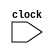
`define PC   R[15]   // 
`define LR   R[14]   // 
`define SP   R[13]   // 
`define SW   R[12]   // 
// 
`define N    `SW[31] // 
`define Z    `SW[30] // 
`define C    `SW[29] // 
`define V    `SW[28] // 
`define I    `SW[7]  // 
`define T    `SW[6]  // 
`define M    `SW[0]  // 

module cpu0c(input clock); // CPU0-Mini cpu0mc 
  parameter [7:0] LD=8'h00,ST=8'h01,LDB=8'h02,STB=8'h03,LDR=8'h04,STR=8'h05,
    LBR=8'h06,SBR=8'h07,ADDI=8'h08,CMP=8'h10,MOV=8'h12,ADD=8'h13,SUB=8'h14,
    MUL=8'h15,DIV=8'h16,AND=8'h18,OR=8'h19,XOR=8'h1A,ROL=8'h1C,ROR=8'h1D,
    SHL=8'h1E,SHR=8'h1F,JEQ=8'h20,JNE=8'h21,JLT=8'h22,JGT=8'h23,JLE=8'h24,
    JGE=8'h25,JMP=8'h26,SWI=8'h2A,CALL=8'h2B,RET=8'h2C,IRET=8'h2D,
    PUSH=8'h30,POP=8'h31,PUSHB=8'h32,POPB=8'h33;
  reg signed [31:0] R [0:15];   //  R[0..15]  16  32 
  reg signed [31:0] IR;         //  IR
  reg [7:0] m [0:128];          // 
  reg [7:0] op;                 //  op
  reg [3:0] ra, rb, rc;         //  ra, rb, rc
  reg [4:0] c5;                 // 5  c5
  reg signed [11:0] c12;        // 12  c12
  reg signed [15:0] c16;        // 16  c16
  reg signed [23:0] c24;        // 24  c24
  reg signed [31:0] sp, jaddr, laddr, raddr;
  reg signed [31:0] temp;

  initial  // 
  begin
    `PC = 0;                    //  PC  0
    R[0] = 0;                   //  R[0]  0
    {m[0],m[1],m[2],m[3]}    = 32'h001F0018; // 0000       LD   R1, K1
    {m[4],m[5],m[6],m[7]}    = 32'h002F0010; // 0004       LD   R2, K0
    {m[8],m[9],m[10],m[11]}  = 32'h003F0014; // 0008       LD   R3, SUM
    {m[12],m[13],m[14],m[15]}= 32'h13221000; // 000C LOOP: ADD  R2, R2, R1
    {m[16],m[17],m[18],m[19]}= 32'h13332000; // 0010       ADD  R3, R3, R2
    {m[20],m[21],m[22],m[23]}= 32'h26FFFFF4; // 0014       JMP  LOOP
    {m[24],m[25],m[26],m[27]}= 32'h00000000; // 0018 K0:   WORD 0
    {m[28],m[29],m[30],m[31]}= 32'h00000001; // 001C K1:   WORD 1
    {m[32],m[33],m[34],m[35]}= 32'h00000000; // 0020 SUM:  WORD 0
  end
  
  always @(posedge clock) begin //  clock 
      IR = {m[`PC], m[`PC+1], m[`PC+2], m[`PC+3]};  // IR=m[PC], 4  Byte 
      `PC = `PC+4;                                  // PC 
      {op,ra,rb,rc,c12} = IR;                      //  IR  {op, ra, rb, rc, c12}
      c5  = IR[4:0];
      c24 = IR[23:0];
      c16 = IR[15:0];
      jaddr = `PC+c16;
	  laddr = R[rb]+c16;
	  raddr = R[rb]+R[rc];
//	  $display(" ra=%d, rb=%d, rc=%d, jaddr=%x, laddr=%x, raddr=%x", ra, rb, rc, jaddr, laddr, raddr);
      case (op) //  OP 
        LD: begin   //  R[ra] = m[addr]
          R[ra] = {m[laddr], m[laddr+1], m[laddr+2], m[laddr+3]};
          $write("%4dns %8x : LD  %x,%x,%-4x", $stime, `PC, ra, rb, c16);
          end
        ST: begin   //  m[addr] = R[ra]
          {m[laddr], m[laddr+1], m[laddr+2], m[laddr+3]} = R[ra];
          $write("%4dns %8x : ST  %x,%x,%-4x", $stime, `PC, ra, rb, c16);
          end
        LDB:begin   // byte;     LDB Ra, [Rb+ Cx];   Ra<=(byte)[Rb+ Cx]
          R[ra] = { 24'b0, m[laddr] };
          $write("%4dns %8x : LDB %x,%x,%-4x", $stime, `PC, ra, rb, c16);
          end
        STB:begin   // byte;     STB Ra, [Rb+ Cx];   Ra=>(byte)[Rb+ Cx]
          m[laddr] = R[ra][7:0];
          $write("%4dns %8x : STB %x,%x,%-4x", $stime, `PC, ra, rb, c16);
          end
        LDR:begin   // LD  Rc ;  LDR Ra, [Rb+Rc];    Ra<=[Rb+ Rc]
          R[ra] = {m[raddr], m[raddr+1], m[raddr+2], m[raddr+3]};
          $write("%4dns %8x : LDR %x,%x,%-4x", $stime, `PC, ra, rb, c16);
          end
        STR:begin   // ST  Rc ;  STR Ra, [Rb+Rc];    Ra=>[Rb+ Rc]
          {m[raddr], m[raddr+1], m[raddr+2], m[raddr+3]} = R[ra];
          $write("%4dns %8x : STR %x,%x,%-4x", $stime, `PC, ra, rb, c16);
          end
        LBR:begin   // LDB  Rc ; LBR Ra, [Rb+Rc];    Ra<=(byte)[Rb+ Rc]
          R[ra] = { 24'b0, m[raddr] };
          $write("%4dns %8x : LBR %x,%x,%-4x", $stime, `PC, ra, rb, c16);
          end
        SBR:begin   // STB  Rc ; SBR Ra, [Rb+Rc];    Ra=>(byte)[Rb+ Rc]
          m[raddr] = R[ra][7:0];
          $write("%4dns %8x : SBR %x,%x,%-4x", $stime, `PC, ra, rb, c16);
          end
        MOV:begin   // ;        MOV Ra, Rb;         Ra<=Rb
		  R[ra] = R[rb];
          $write("%4dns %8x : MOV %x,%x", $stime, `PC, ra, rb);
          end
        CMP:begin   // ;        CMP Ra, Rb;         SW=(Ra >=< Rb)
		  temp = R[ra]-R[rb];
		  `N=(temp<0);`Z=(temp==0);
          $write("%4dns %8x : CMP %x,%x; SW=%x", $stime, `PC, ra, rb, `SW);
          end
        ADDI:begin  // R[a] = Rb+c16;  // ;   LDI Ra, Rb+Cx; Ra<=Rb + Cx
		  R[ra] = R[rb]+c16;
          $write("%4dns %8x : ADDI %x,%x,%-4x", $stime, `PC, ra, rb, c16);
          end
        ADD: begin  //  R[ra] = R[rb]+R[rc]
          R[ra] = R[rb]+R[rc];
          $write("%4dns %8x : ADD %x,%x,%-4x", $stime, `PC, ra, rb, rc);
          end
        SUB:begin   // ;        SUB Ra, Rb, Rc;     Ra<=Rb-Rc
          R[ra] = R[rb]-R[rc];
          $write("%4dns %8x : SUB %x,%x,%-4x", $stime, `PC, ra, rb, rc);
          end
        MUL:begin   // ;        MUL Ra, Rb, Rc;     Ra<=Rb*Rc
          R[ra] = R[rb]*R[rc];
          $write("%4dns %8x : MUL %x,%x,%-4x", $stime, `PC, ra, rb, rc);
          end
        DIV:begin   // ;        DIV Ra, Rb, Rc;     Ra<=Rb/Rc
          R[ra] = R[rb]/R[rc];
          $write("%4dns %8x : DIV %x,%x,%-4x", $stime, `PC, ra, rb, rc);
          end
        AND:begin   //  AND;    AND Ra, Rb, Rc;     Ra<=Rb and Rc
          R[ra] = R[rb]&R[rc];
          $write("%4dns %8x : AND %x,%x,%-4x", $stime, `PC, ra, rb, rc);
          end
        OR:begin    //  OR;     OR Ra, Rb, Rc;         Ra<=Rb or Rc
          R[ra] = R[rb]|R[rc];
          $write("%4dns %8x : OR  %x,%x,%-4x", $stime, `PC, ra, rb, rc);
          end
        XOR:begin   //  XOR;    XOR Ra, Rb, Rc;     Ra<=Rb xor Rc
          R[ra] = R[rb]^R[rc];
          $write("%4dns %8x : XOR %x,%x,%-4x", $stime, `PC, ra, rb, rc);
          end
        SHL:begin   // ;    SHL Ra, Rb, Cx;     Ra<=Rb << Cx
          R[ra] = R[rb]<<c5;
          $write("%4dns %8x : SHL %x,%x,%-4x", $stime, `PC, ra, rb, c5);
          end
        SHR:begin   // ;        SHR Ra, Rb, Cx;     Ra<=Rb >> Cx
          R[ra] = R[rb]+R[rc];
          $write("%4dns %8x : SHR %x,%x,%-4x", $stime, `PC, ra, rb, c5);
          end		  
        JMP:begin   //  PC = PC + cx24
          `PC = `PC + c24;
          $write("%4dns %8x : JMP %-8x", $stime, `PC, c24);
          end
        JEQ:begin   //  ();        JEQ Cx;        if SW(=) PC  PC+Cx
		  if (`Z) `PC=`PC+c24;
          $write("%4dns %8x : JEQ %-8x", $stime, `PC, c24);
          end
        JNE:begin   //  ();    JNE Cx;     if SW(!=) PC  PC+Cx
		  if (!`Z) `PC=`PC+c24;
          $write("%4dns %8x : JNE %-8x", $stime, `PC, c24);
          end
        JLT:begin   //  ( < );        JLT Cx;     if SW(<) PC  PC+Cx
          if (`N) `PC=`PC+c24;
          $write("%4dns %8x : JLT %-8x", $stime, `PC, c24);
          end
        JGT:begin   //  ( > );        JGT Cx;     if SW(>) PC  PC+Cx
          if (!`N&&!`Z) `PC=`PC+c24;
          $write("%4dns %8x : JGT %-8x", $stime, `PC, c24);
          end
        JLE:begin   //  ( <= );        JLE Cx;     if SW(<=) PC  PC+Cx  
          if (`N || `Z) `PC=`PC+c24;
          $write("%4dns %8x : JLE %-8x", $stime, `PC, c24);
          end
        JGE:begin   //  ( >= );        JGE Cx;     if SW(>=) PC  PC+Cx
          if (!`N || `Z) `PC=`PC+c24;
          $write("%4dns %8x : JGE %-8x", $stime, `PC, c24);
          end
        SWI:begin   // ;    SWI Cx;         LR <= PC; PC <= Cx; INT<=1
          `LR=`PC;`PC= c24; `I = 1'b1;
          $write("%4dns %8x : SWI %-8x", $stime, `PC, c24);
          end
        CALL:begin  // ;    CALL Cx;     LR<=PC; PC<=PC+Cx
          `LR=`PC;`PC=`PC + c24;
          $write("%4dns %8x : CALL %-8x", $stime, `PC, c24);
          end
        RET:begin   // ;            RET;         PC <= LR
          `PC=`LR;
          $write("%4dns %8x : RET, PC=%x", $stime, `PC);
          end
        IRET:begin  // ;        IRET;         PC <= LR; INT<=0
          `PC=`LR;`I = 1'b0;
          $write("%4dns %8x : RET, PC=%x", $stime, `PC);
          end
        PUSH:begin  //  word;    PUSH Ra;    SP-=4;[SP]<=Ra;
          sp = `SP-4; `SP = sp; {m[sp], m[sp+1], m[sp+2], m[sp+3]} = R[ra];
          $write("%4dns %8x : PUSH %-x", $stime, `PC, R[ra]);
		  end
        POP:begin   //  word;    POP Ra;     Ra=[SP];SP+=4;
          sp = `SP+4; `SP = sp; R[ra]={m[sp], m[sp+1], m[sp+2], m[sp+3]};
          $write("%4dns %8x : POP %-x", $stime, `PC, R[ra]);
          end
        PUSHB:begin //  byte;    PUSHB Ra;   SP--;[SP]<=Ra;(byte)
          sp = `SP-1; `SP = sp; m[sp] = R[ra];
          $write("%4dns %8x : PUSHB %-x", $stime, `PC, R[ra]);
          end
        POPB:begin  //  byte;    POPB Ra;  Ra<=[SP];SP++;(byte)
          sp = `SP+1; `SP = sp; R[ra]=m[sp];
          $write("%4dns %8x : POPB %-x", $stime, `PC, R[ra]);
          end
      endcase
      $display(" R[%2d]=%4d", ra, R[ra]); // 
  end
endmodule

module main;                // 
reg clock;                  //  clock 

cpu0c cpu(clock);          //  cpu0mc 

initial clock = 0;          //  clock  0
always #10 clock=~clock;    //  10  clock  20 
initial #640 $finish;       //  640 ( R[1]  1+2+...+10=55 )
endmodule